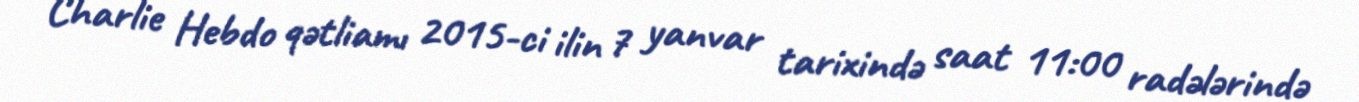
Charlie Hebdo qətliamı 2015-ci ilin 7 yanvar tarixində saat 11:00 radələrində